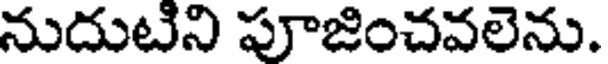
నుదుటిని పూజించవలెను.